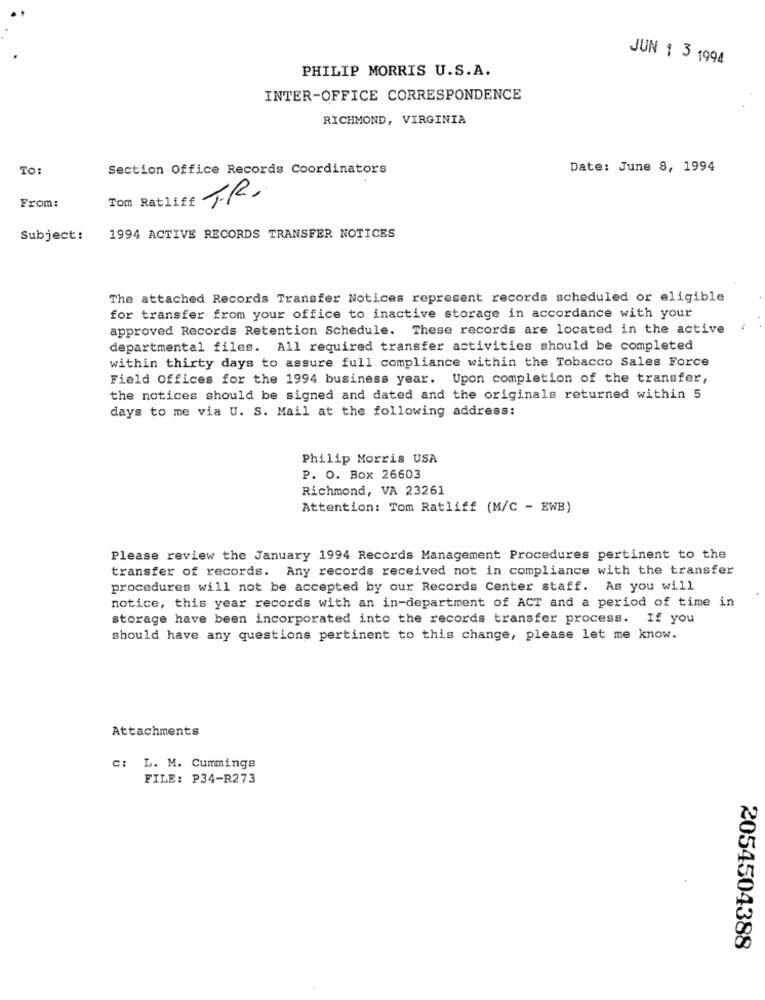
JUN 1 3 1994
PHILIP MORRIS U.S.A.
INTER-OFFICE CORRESPONDENCE
RICHMOND, VIRGINIA
To:
Section Office Records Coordinators
Date: June 8, 1994
Tom Ratliff T.R.
From:
Subject:
1994 ACTIVE RECORDS TRANSFER NOTICES
The attached Records Transfer Notices represent records scheduled or eligible
for transfer from your office to inactive storage in accordance with your
approved Records Retention Schedule. These records are located in the active
departmental files. All required transfer activities should be completed
within thirty days to assure full compliance within the Tobacco Sales Force
Field Offices for the 1994 business year. Upon completion of the transfer,
the notices should be signed and dated and the originals returned within 5
days to me via U. S. Mail at the following address:
Philip Morris USA
P. O. Box 26603
Richmond, VA 23261
Attention: Tom Ratliff (M/C - EWB)
Please review the January 1994 Records Management Procedures pertinent to the
transfer of records. Any records received not in compliance with the transfer
procedures will not be accepted by our Records Center staff. As you will
notice, this year records with an in-department of ACT and a period of time in
storage have been incorporated into the records transfer process. If you
should have any questions pertinent to this change, please let me know.
Attachments
c: L. M. Cummings
FILE: P34-R273
2054504388